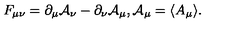
F _ { \mu \nu } = \partial _ { \mu } { \mathcal A } _ { \nu } - \partial _ { \nu } { \mathcal A } _ { \mu } , { \mathcal A } _ { \mu } = \langle A _ { \mu } \rangle .